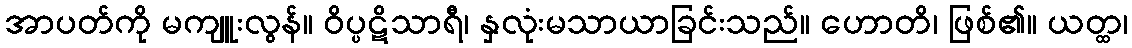
အာပတ်ကို မကျူးလွန်။ ဝိပ္ပဋိသာရီ၊ နှလုံးမသာယာခြင်းသည်။ ဟောတိ၊ ဖြစ်၏။ ယတ္ထ၊